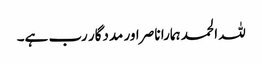
للہ الحمد ہمارا ناصر اور مددگار رب ہے۔